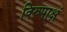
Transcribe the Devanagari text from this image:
विरुपाक्षं